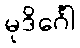
မုဒိင်္ဂေါ